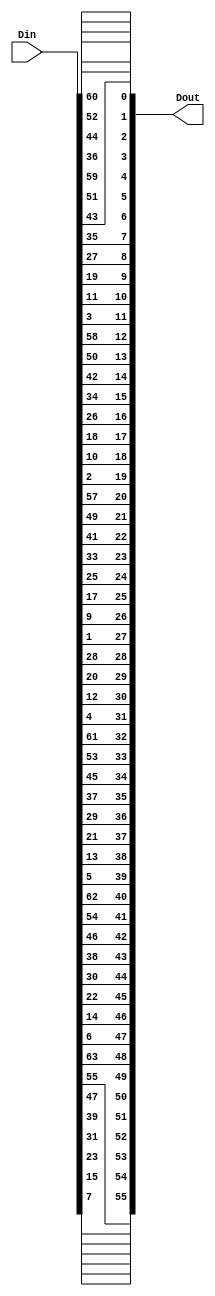
module PC1(
    input [63:0] Din,
    output [55:0] Dout
    );

assign Dout = {Din[7], Din[15], Din[23], Din[31], Din[39], Din[47], Din[55], Din[63], Din[6], Din[14], Din[22], Din[30], Din[38], Din[46], Din[54], Din[62], Din[5], Din[13], Din[21], Din[29], Din[37], Din[45], Din[53], Din[61], Din[4], Din[12], Din[20], Din[28], Din[1], Din[9], Din[17], Din[25], Din[33], Din[41], Din[49], Din[57], Din[2], Din[10], Din[18], Din[26], Din[34], Din[42], Din[50], Din[58], Din[3], Din[11], Din[19], Din[27], Din[35], Din[43], Din[51], Din[59], Din[36], Din[44], Din[52], Din[60]};

endmodule